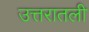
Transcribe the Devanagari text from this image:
उत्तरातली